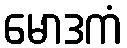
မောဒကံ